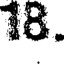
16.